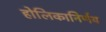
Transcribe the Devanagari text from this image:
होलिकानिर्णय